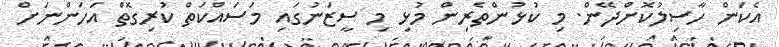
އެކަން ހާސިލުކޮށްދޭން. މި ކުޅުންތެރިން މުޅި މި ސީޒަނުގައި މަސައްކަތް ކުރިގޮތް އަހަންނަށް